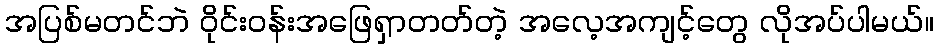
အပြစ်မတင်ဘဲ ဝိုင်းဝန်းအဖြေရှာတတ်တဲ့ အလေ့အကျင့်တွေ လိုအပ်ပါမယ်။